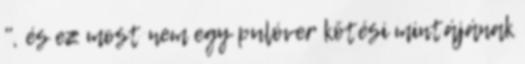
", és ez most nem egy pulóver kötési mintájának